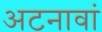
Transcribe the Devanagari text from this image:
अटनावां